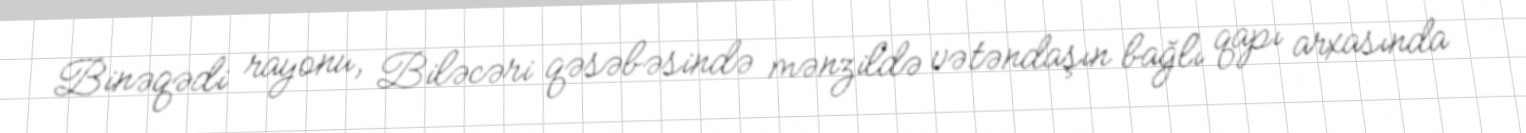
Binəqədi rayonu, Biləcəri qəsəbəsində mənzildə vətəndaşın bağlı qapı arxasında